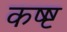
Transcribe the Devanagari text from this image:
कष्ष्ट